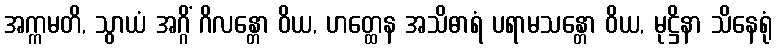
အက္ကမတိ, သွာယံ အဂ္ဂိံ ဂိလန္တော ဝိယ, ဟတ္ထေန အသိဓာရံ ပရာမသန္တော ဝိယ, မုဋ္ဌိနာ သိနေရုံ